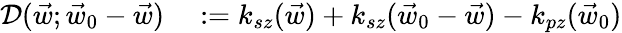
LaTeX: \begin{array}{rl}{\mathcal D(\vec{w};\vec{w}_{0}-\vec{w})}&{{}:=k_{sz}(\vec{w})+k_{sz}(\vec{w}_{0}-\vec{w})-k_{pz}(\vec{w}_{0})}\end{array}